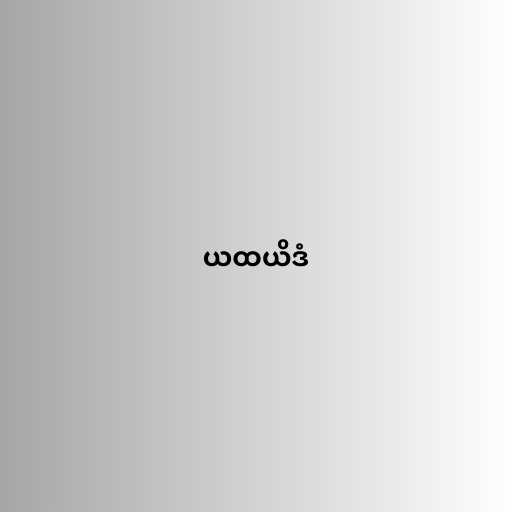
ယထယိဒံ